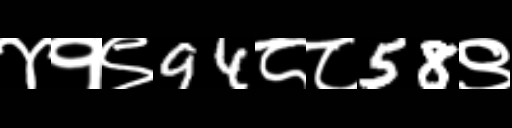
Text: ४१९94८८58९